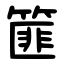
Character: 篚